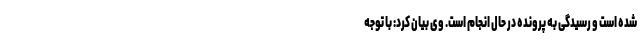
شده است و رسیدگی به پرونده در حال انجام است. وی بیان کرد: با توجه